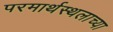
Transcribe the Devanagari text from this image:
परमार्थस्थलाच्या